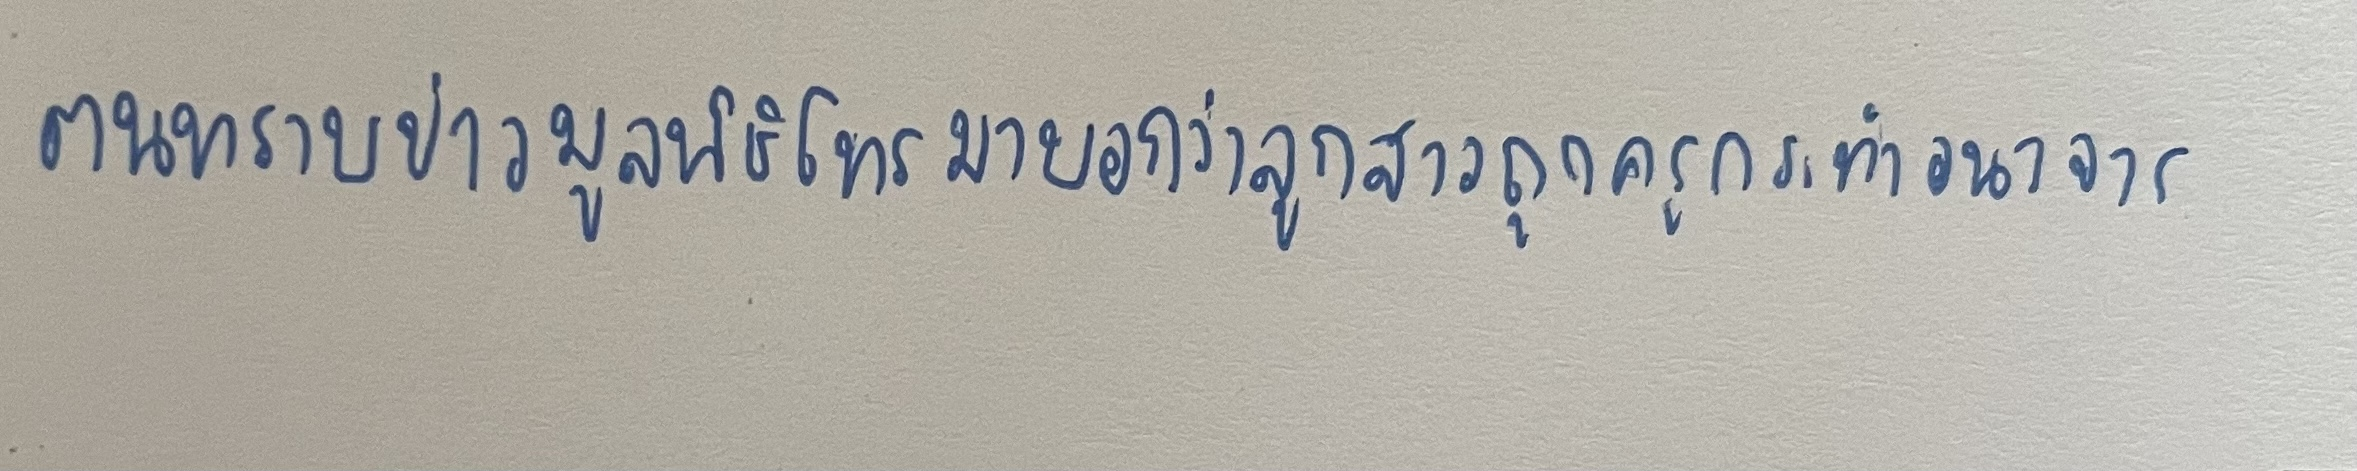
ตนทราบข่าวจากมูลนิธิโทรมาบอกว่าลูกสาวถูกครูกระทำอนาจาร